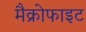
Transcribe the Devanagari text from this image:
मैक्रोफाइट